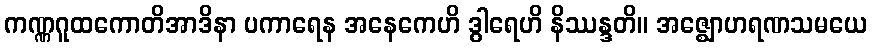
ကဏ္ဏဂူထကောတိအာဒိနာ ပကာရေန အနေကေဟိ ဒွါရေဟိ နိဿန္ဒတိ။ အဇ္ဈောဟရဏသမယေ